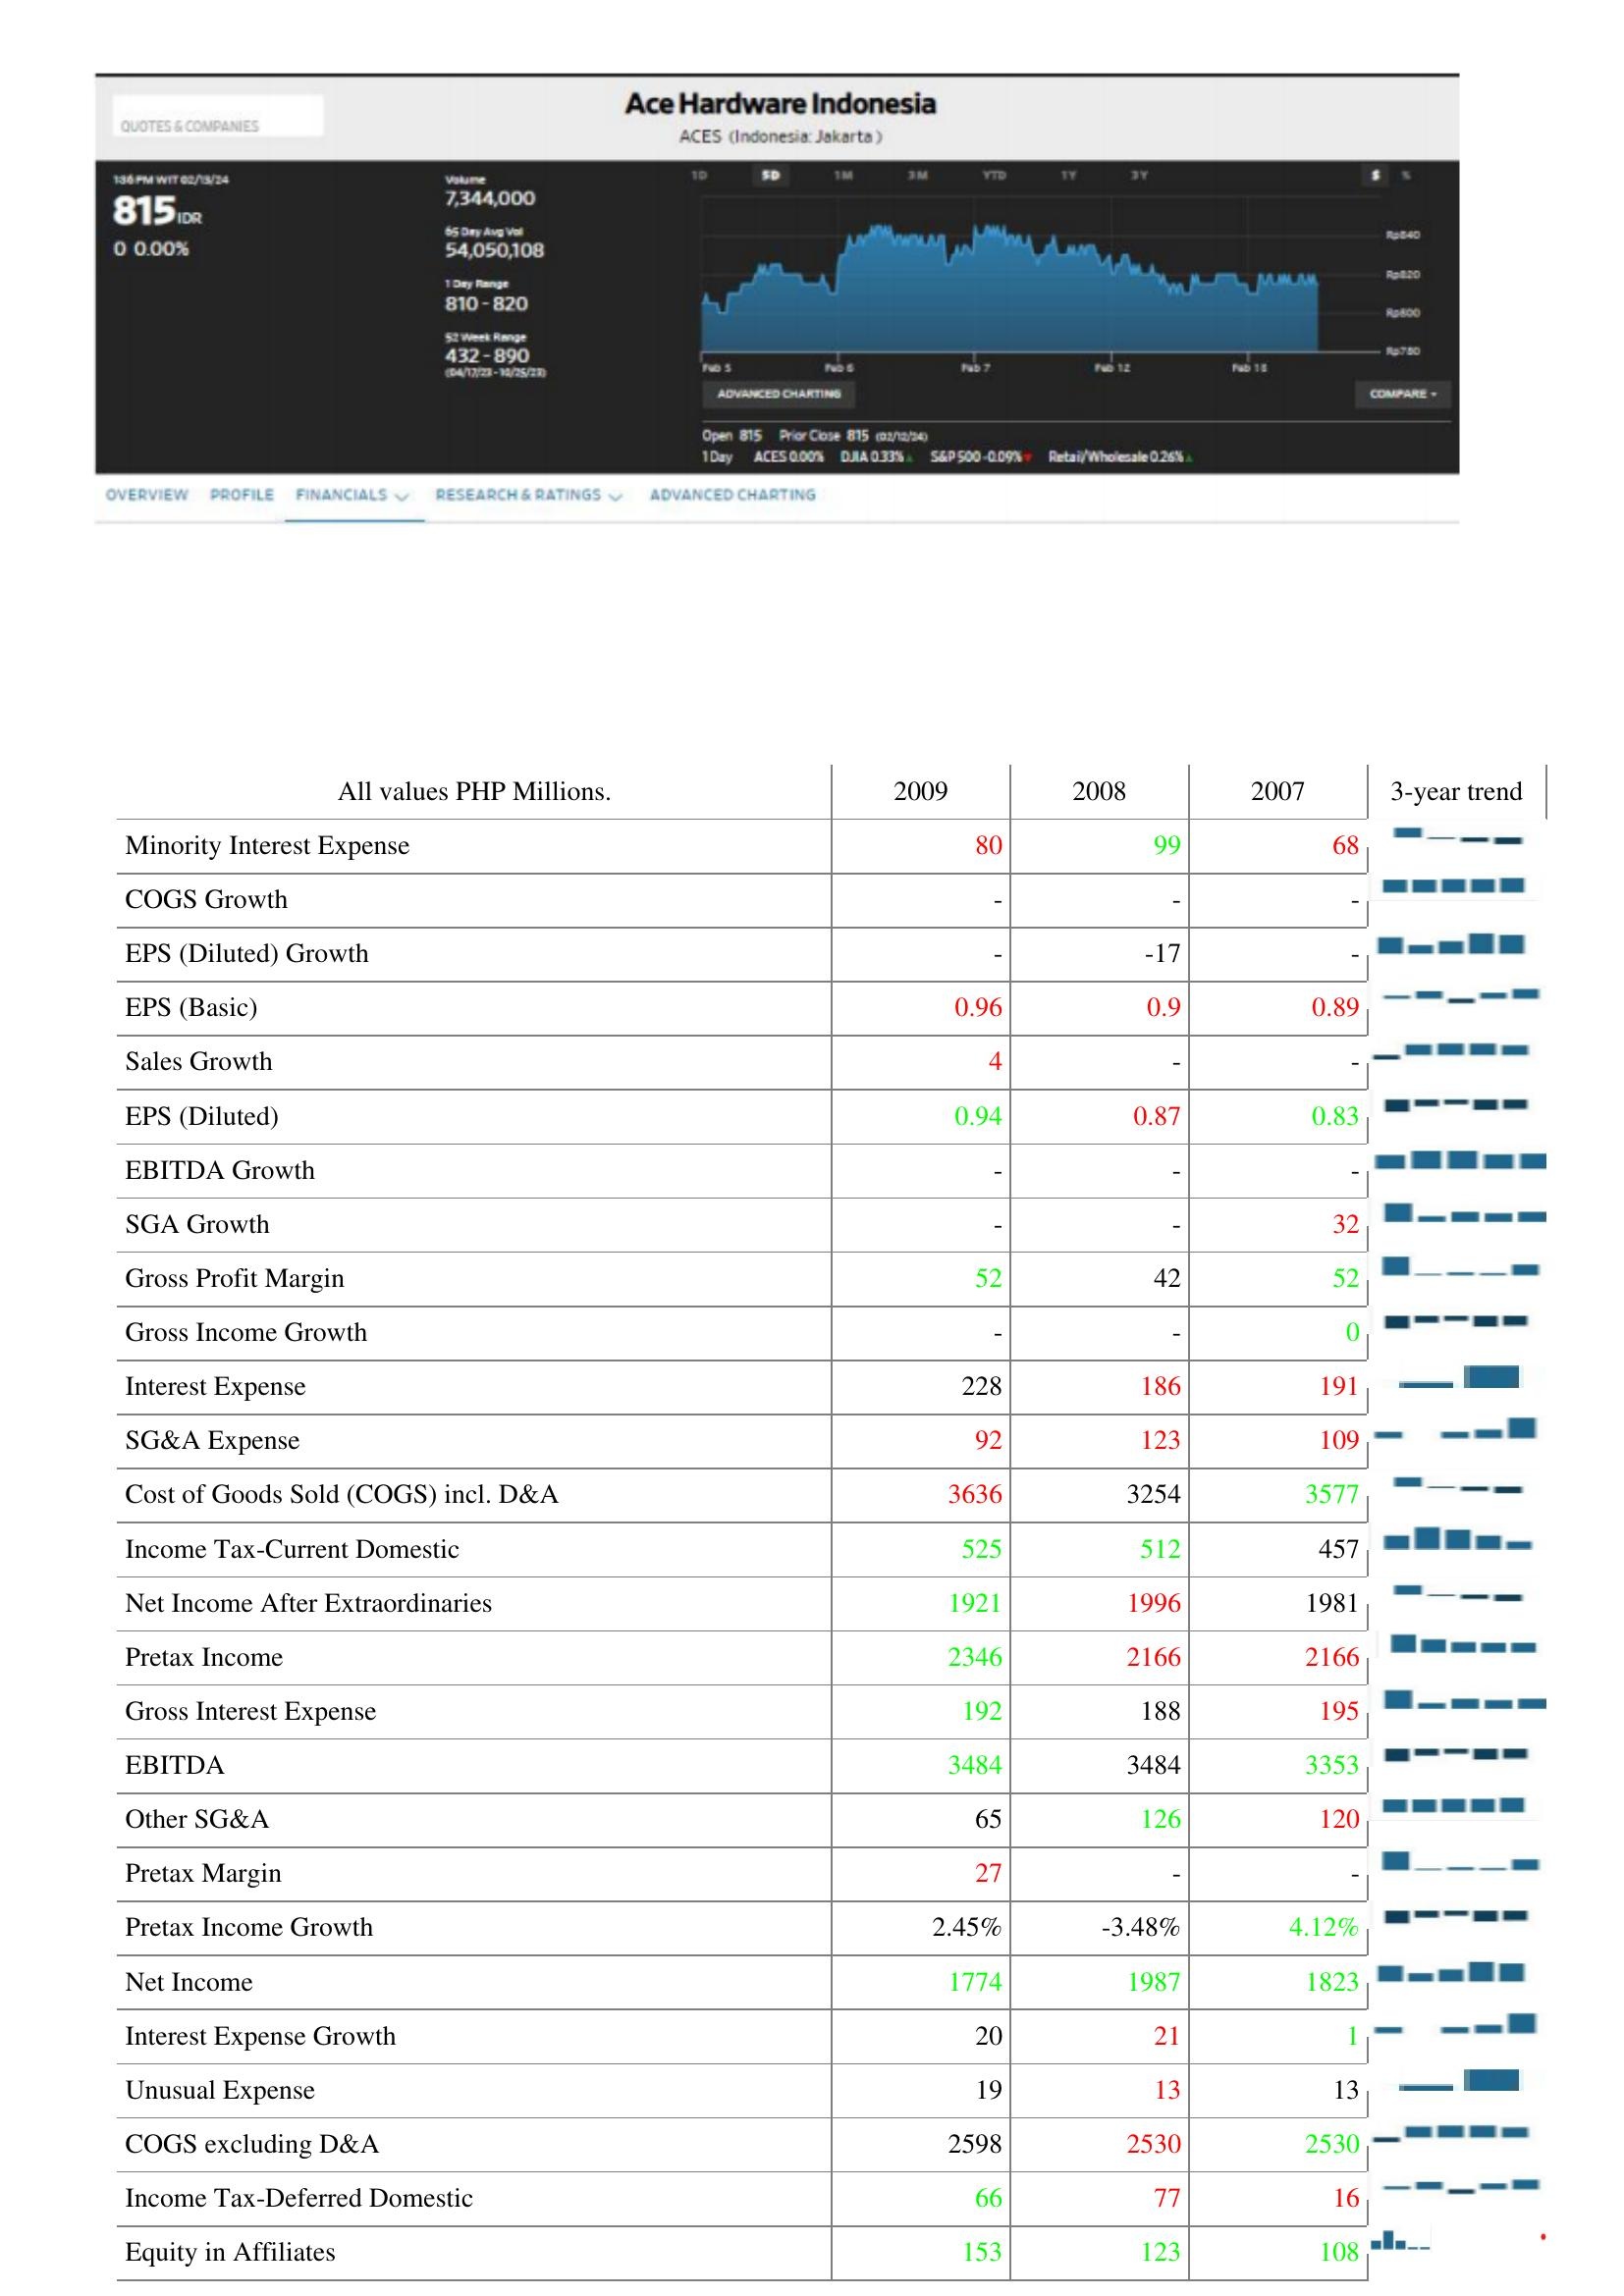
2009: : Minority Interest Expense: 80
COGS Growth: -
EPS (Diluted) Growth: -
EPS (Basic): 0.96
Sales Growth: 4
EPS (Diluted): 0.94
EBITDA Growth: -
SGA Growth: -
Gross Profit Margin: 52
Gross Income Growth: -
Interest Expense: 228
SG&A Expense: 92
Cost of Goods Sold (COGS) incl. D&A: 3636
Income Tax-Current Domestic: 525
Net Income After Extraordinaries: 1921
Pretax Income: 2346
Gross Interest Expense: 192
EBITDA: 3484
Other SG&A: 65
Pretax Margin: 27
Pretax Income Growth: 2.45%
Net Income: 1774
Interest Expense Growth: 20
Unusual Expense: 19
COGS excluding D&A: 2598
Income Tax-Deferred Domestic: 66
Equity in Affiliates: 153
2008: : Minority Interest Expense: 99
COGS Growth: -
EPS (Diluted) Growth: -17
EPS (Basic): 0.9
Sales Growth: -
EPS (Diluted): 0.87
EBITDA Growth: -
SGA Growth: -
Gross Profit Margin: 42
Gross Income Growth: -
Interest Expense: 186
SG&A Expense: 123
Cost of Goods Sold (COGS) incl. D&A: 3254
Income Tax-Current Domestic: 512
Net Income After Extraordinaries: 1996
Pretax Income: 2166
Gross Interest Expense: 188
EBITDA: 3484
Other SG&A: 126
Pretax Margin: -
Pretax Income Growth: -3.48%
Net Income: 1987
Interest Expense Growth: 21
Unusual Expense: 13
COGS excluding D&A: 2530
Income Tax-Deferred Domestic: 77
Equity in Affiliates: 123
2007: : Minority Interest Expense: 68
COGS Growth: -
EPS (Diluted) Growth: -
EPS (Basic): 0.89
Sales Growth: -
EPS (Diluted): 0.83
EBITDA Growth: -
SGA Growth: 32
Gross Profit Margin: 52
Gross Income Growth: 0
Interest Expense: 191
SG&A Expense: 109
Cost of Goods Sold (COGS) incl. D&A: 3577
Income Tax-Current Domestic: 457
Net Income After Extraordinaries: 1981
Pretax Income: 2166
Gross Interest Expense: 195
EBITDA: 3353
Other SG&A: 120
Pretax Margin: -
Pretax Income Growth: 4.12%
Net Income: 1823
Interest Expense Growth: 1
Unusual Expense: 13
COGS excluding D&A: 2530
Income Tax-Deferred Domestic: 16
Equity in Affiliates: 108